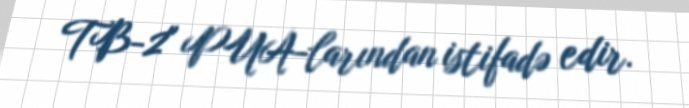
TB-2" PUA-larından istifadə edir.